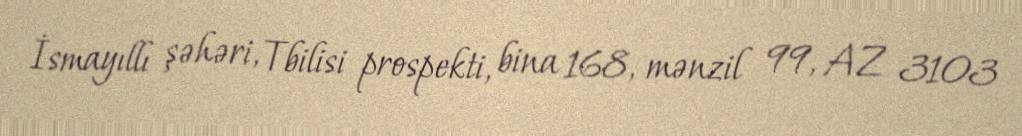
İsmayıllı şəhəri, Tbilisi prospekti, bina 168, mənzil 99, AZ 3103